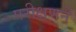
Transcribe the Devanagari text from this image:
परीक्षणने